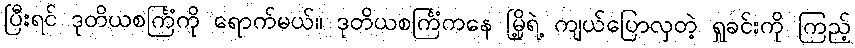
ပြီးရင် ဒုတိယစင်္ကြံကို ရောက်မယ်။ ဒုတိယစင်္ကြံကနေ မြို့ရဲ့ ကျယ်ပြောလှတဲ့ ရှုခင်းကို ကြည့်